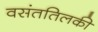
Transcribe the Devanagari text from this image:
वसंततिलकी